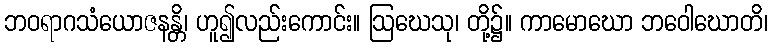
ဘဝရာဂသံယောဇနန္တိ၊ ဟူ၍လည်းကောင်း။ ဩဃေသု၊ တို့၌။ ကာမောဃော ဘဝေါဃောတိ၊